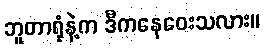
ဘူတာရုံနဲ့က ဒီကနေဝေးသလား။